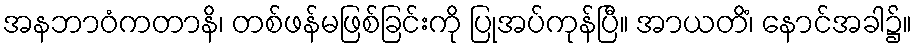
အနဘာဝံကတာနိ၊ တစ်ဖန်မဖြစ်ခြင်းကို ပြုအပ်ကုန်ပြီ။ အာယတိံ၊ နောင်အခါ၌။